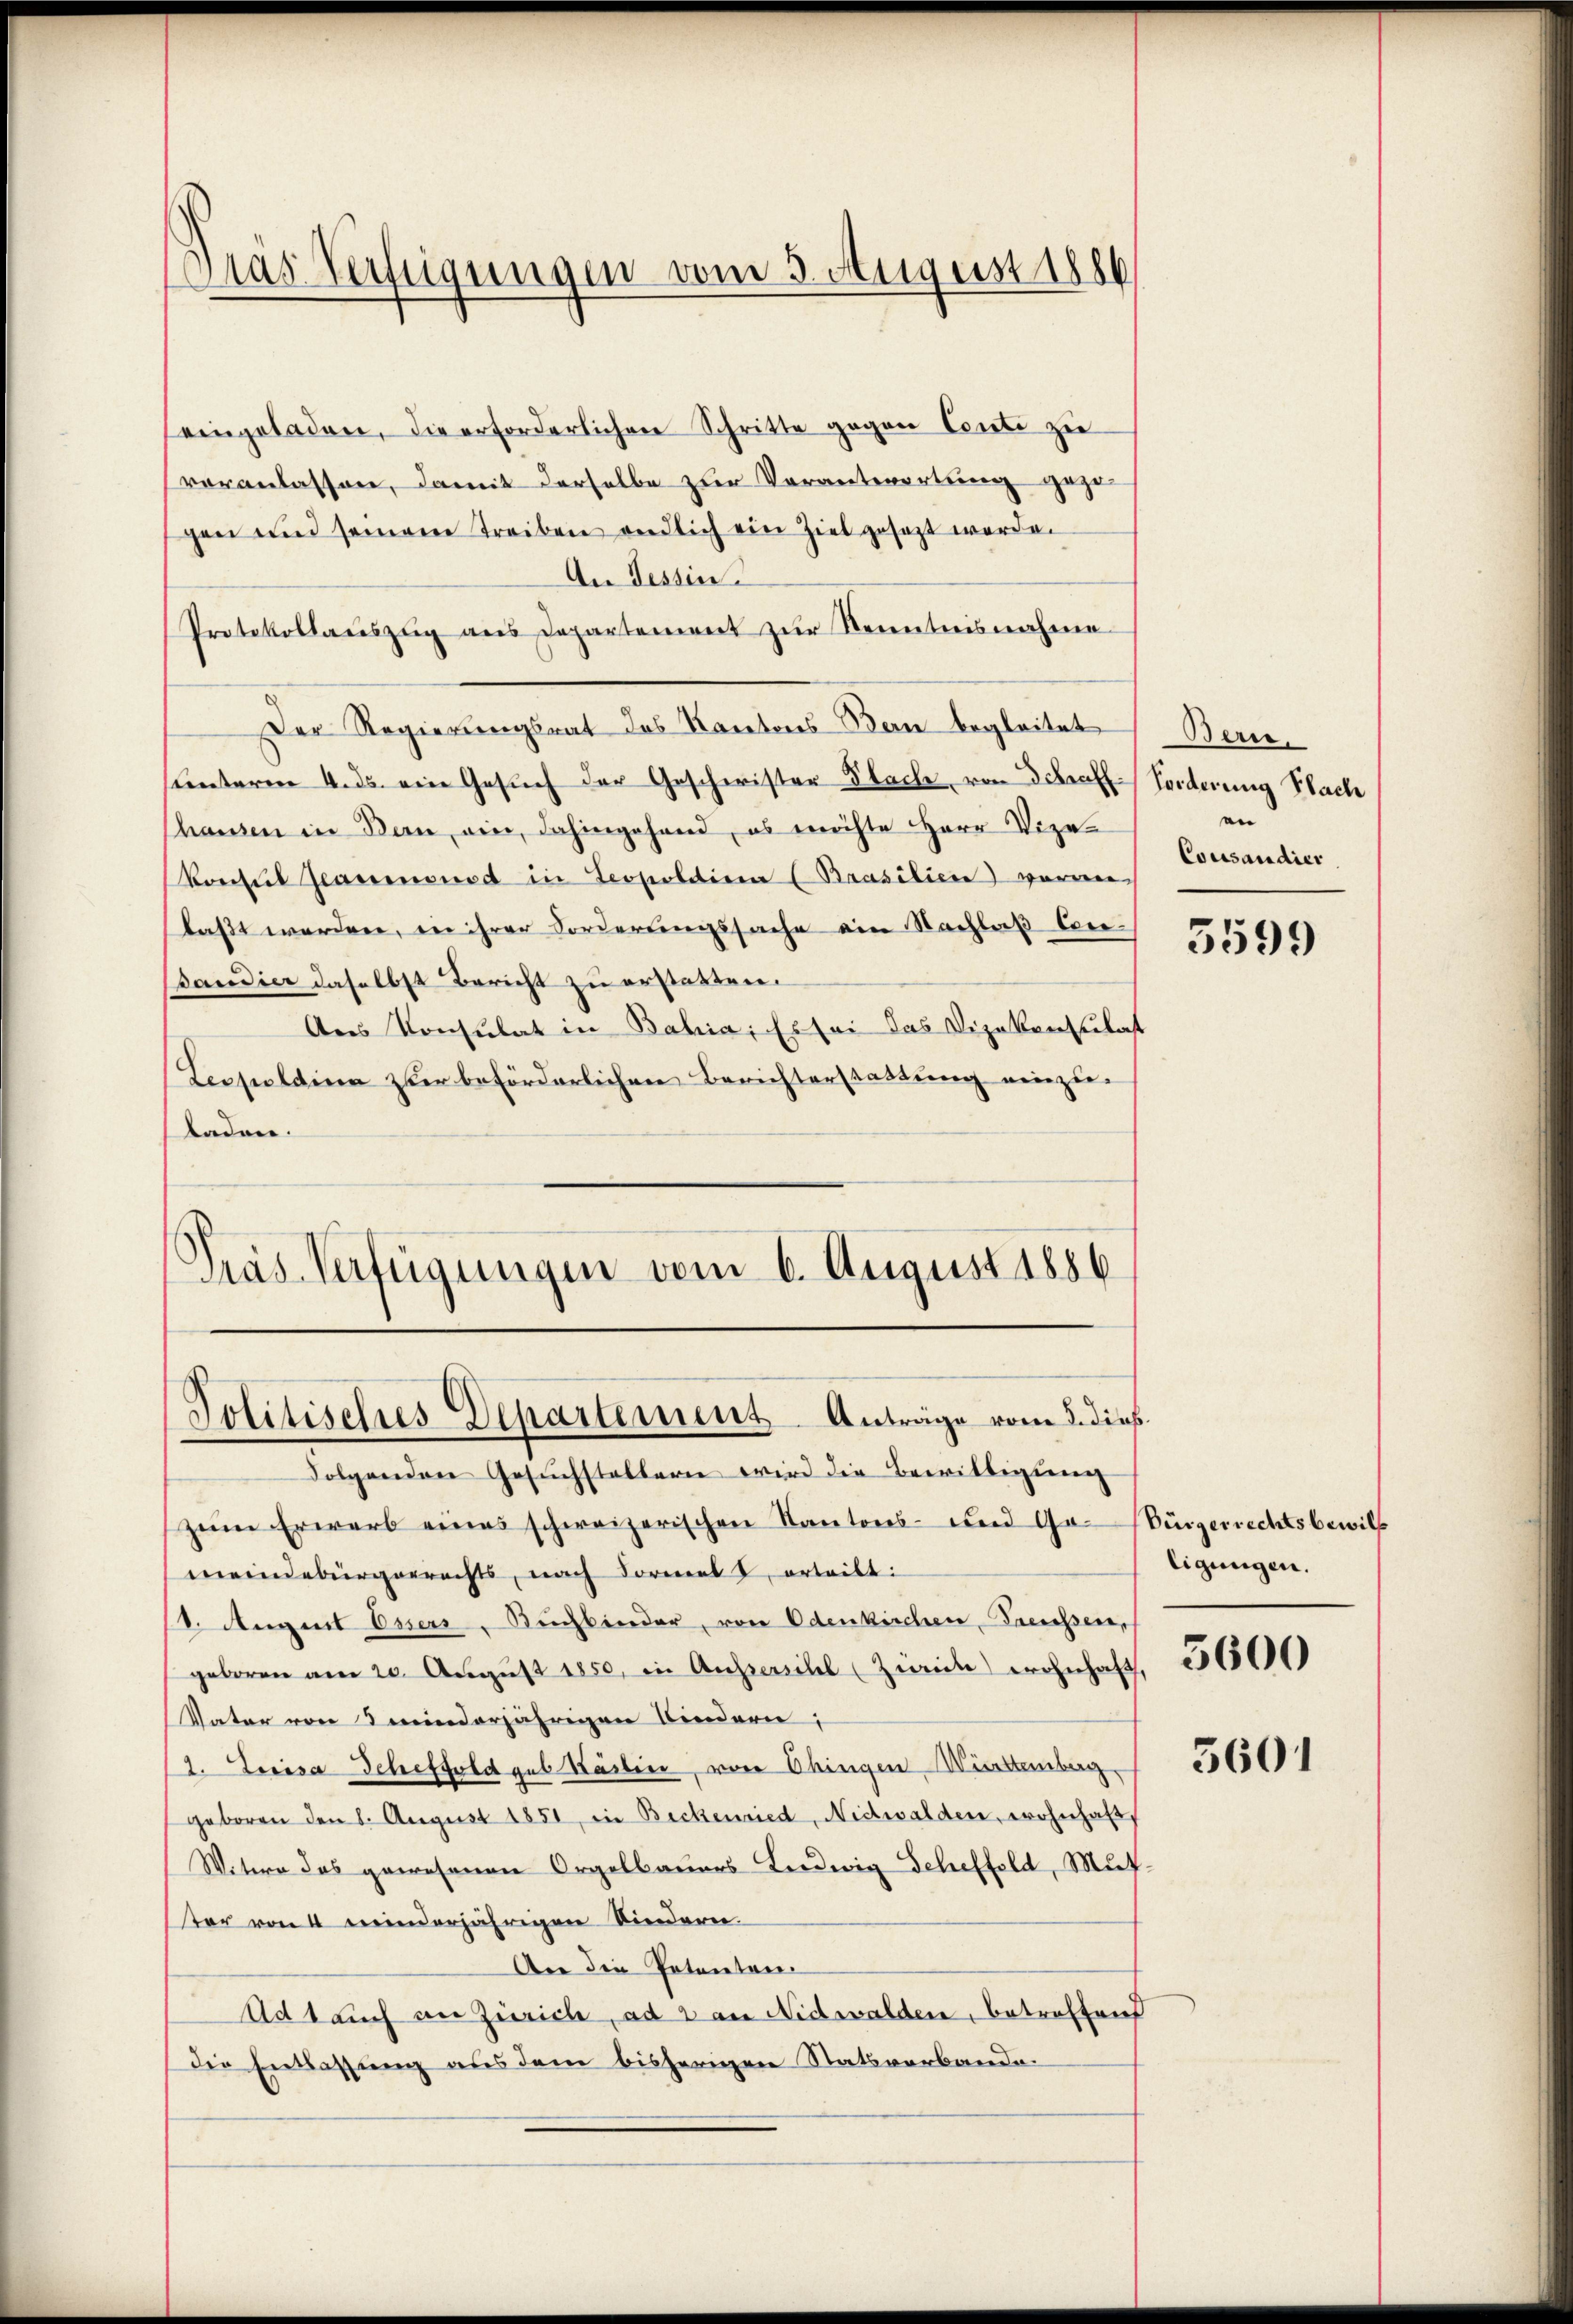
Dias Verfügungen vom 5. August 1886

eingeladen, die erforderlichen Schritte gegen Conto zu
voranlassen, damit derselbe zur Verantwortung gezo
gen und seinem treiben endlich ein Ziel gesezt werden
An Tessin
Protokollaŭszŭg ans Departement zŭr Kenntnisnahme
Der Regierungsrat des Kantons-Bern begleitet
(unterm 4. ds. ein Gesŭch der Geschwister Plach, von Schraf Forderung Nach
hausen in Bau ein, dahingehand, es möchte Herr Vize-
Vonsul Reaumonad in Leopoldien (Brasilien voranlaßt werden, in ihrer Forderungssache ein Nachlaß Cre¬
Bandier daselbst Bericht zu erstatten.
Ans Konsulat in Bahia; Es sei das Vizekonsula
Leopoldina zur beförderlichen Berichterstattung einzuladen.
Pras Verfügungen vom 6. August 1886

Politisches Departement Anträge vom 5. dieß.

¬

Folgenden Gesuchstellern wird die Bewilligung
zŭm Erwarb eines schweizerischen Kantons- und Ga-Bürgerrechtsbewill
meindebürgerrechts, nach Formel u erteilt:
(1. August Oser, Buchbinder, von Odenkirchen Freussen,
geboren am 20. August 1850, in Aussersihl Zweide wohnhaft 30000
Vater von minderjährigen Kindern:
1. Lisa Scheffold geb Käslin, von Ohingen-Württemberg
geboren den 8. August 1851, in Bickenried, Nidwalden, wohnhaft,
Witwe das gewesenen Orgelbauers Ludwig Scheffeld, Mutter von 4 meinderjährigen Kinderen.
An die Potenten¬
Adt auch in Zürich, ad 2 an Nidwalden, betreffend
die Entlassung aus dem bisherigen Statsverbande.

Berts.
Coursaudier

5599

ligungen.

5601